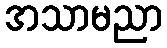
အသာမညာ